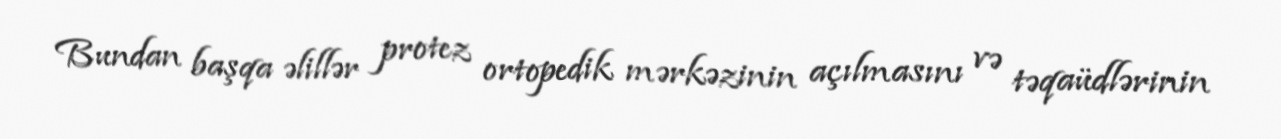
Bundan başqa əlillər protez ortopedik mərkəzinin açılmasını və təqaüdlərinin